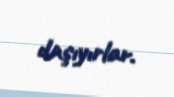
daşıyırlar.